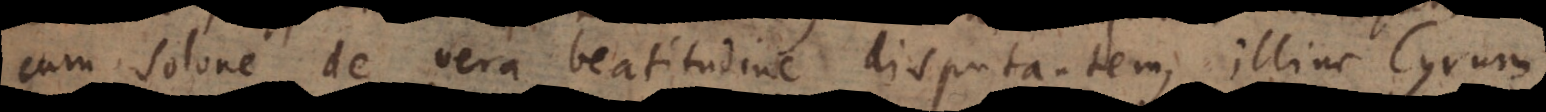
cum Solone de vera beatitudine disputantem; illinc Cyrum